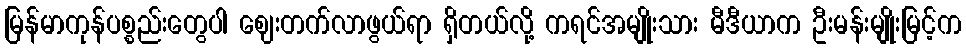
မြန်မာကုန်ပစ္စည်းတွေပါ ဈေးတက်လာဖွယ်ရာ ရှိတယ်လို့ ကရင်အမျိုးသား မီဒီယာက ဦးမန်းမျိုးမြင့်က